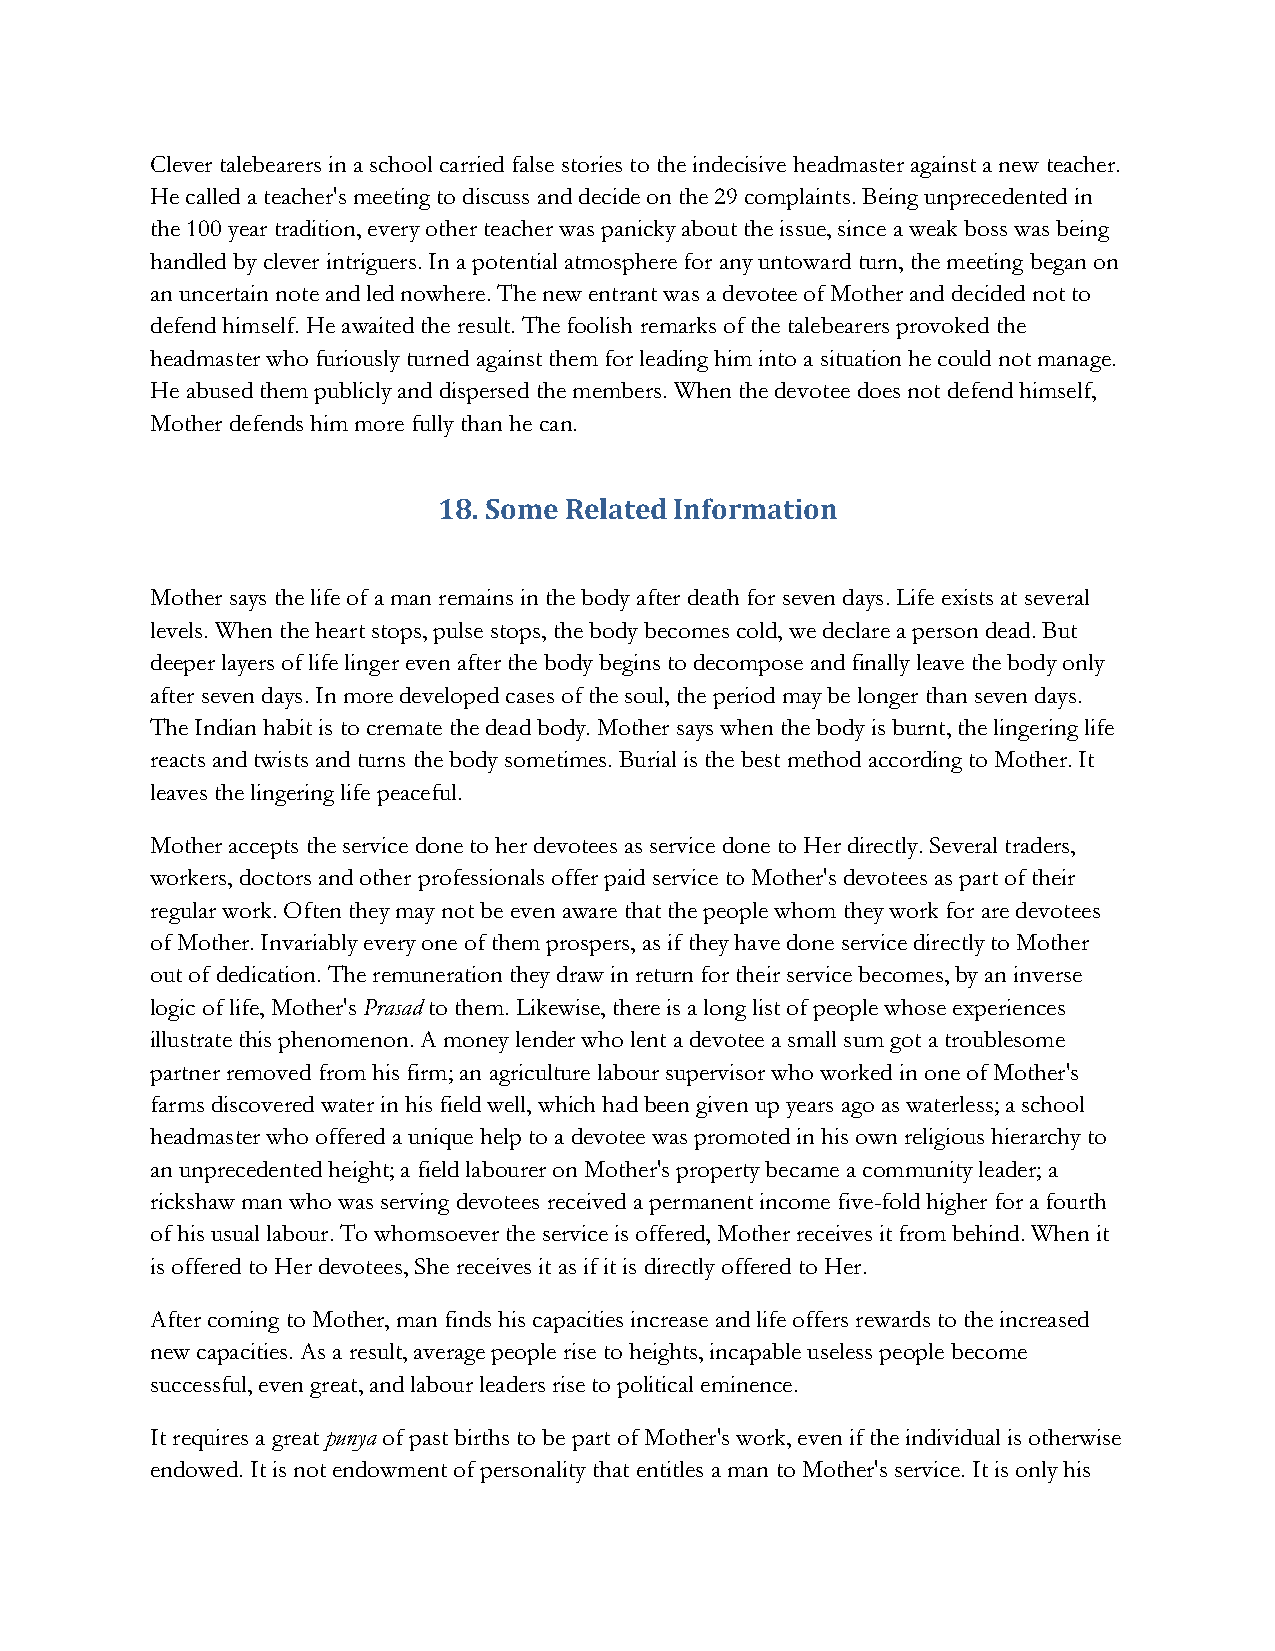
Clever talebearers in a school carried false stories to the indecisive headmaster against a new teacher.
 He called a teacher's meeting to discuss and decide on the 29 complaints. Being unprecedented in
 the 100 year tradition, every other teacher was panicky about the issue, since a weak boss was being
 handled by clever intriguers. In a potential atmosphere for any untoward turn, the meeting began on
 an uncertain note and led nowhere. The new entrant was a devotee of Mother and decided not to
 defend himself. He awaited the result. The foolish remarks of the talebearers provoked the
 headmaster who furiously turned against them for leading him into a situation he could not manage.
 He abused them publicly and dispersed the members. When the devotee does not defend himself,
 Mother defends him more fully than he can.
 18. Some Related Information
 Mother says the life of a man remains in the body after death for seven days. Life exists at several
 levels. When the heart stops, pulse stops, the body becomes cold, we declare a person dead. But
 deeper layers of life linger even after the body begins to decompose and finally leave the body only
 after seven days. In more developed cases of the soul, the period may be longer than seven days.
 The Indian habit is to cremate the dead body. Mother says when the body is burnt, the lingering life
 reacts and twists and turns the body sometimes. Burial is the best method according to Mother. It
 leaves the lingering life peaceful.
 Mother accepts the service done to her devotees as service done to Her directly. Several traders,
 workers, doctors and other professionals offer paid service to Mother's devotees as part of their
 regular work. Often they may not be even aware that the people whom they work for are devotees
 of Mother. Invariably every one of them prospers, as if they have done service directly to Mother
 out of dedication. The remuneration they draw in return for their service becomes, by an inverse
 logic of life, Mother's Prasad to them. Likewise, there is a long list of people whose experiences
 illustrate this phenomenon. A money lender who lent a devotee a small sum got a troublesome
 partner removed from his firm; an agriculture labour supervisor who worked in one of Mother's
 farms discovered water in his field well, which had been given up years ago as waterless; a school
 headmaster who offered a unique help to a devotee was promoted in his own religious hierarchy to
 an unprecedented height; a field labourer on Mother's property became a community leader; a
 rickshaw man who was serving devotees received a permanent income five-fold higher for a fourth
 of his usual labour. To whomsoever the service is offered, Mother receives it from behind. When it
 is offered to Her devotees, She receives it as if it is directly offered to Her.
 After coming to Mother, man finds his capacities increase and life offers rewards to the increased
 new capacities. As a result, average people rise to heights, incapable useless people become
 successful, even great, and labour leaders rise to political eminence.
 It requires a great punya of past births to be part of Mother's work, even if the individual is otherwise
 endowed. It is not endowment of personality that entitles a man to Mother's service. It is only his